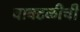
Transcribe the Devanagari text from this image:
वावटळीची